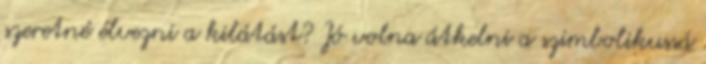
szeretné élvezni a kilátást? Jó volna átkelni a szimbolikussá